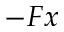
- F x